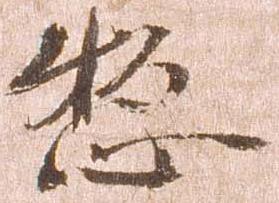
惣